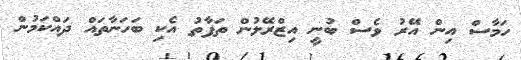
ހަމާސް އިން އޭރު ވެސް ބުނީ އިޒްރޭލުން ތަފާތު އެކި ބަހަނާތައް ދައްކަމުން